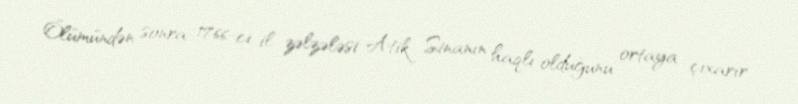
Ölümündən sonra 1766-cı il zəlzələsi Atik Sinanın haqlı olduğunu ortaya çıxarır